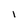
Character: l